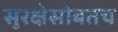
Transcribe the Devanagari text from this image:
सुरक्षेसोबतच